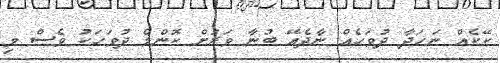
ކޭކެއް ނަހަދާ ދުވަހެއް ނާދެއޭ ބުނާ ވަރަށް ކޮންމެ ދުވަހަކު ވެސް މި